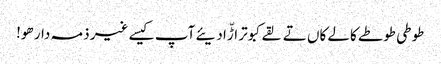
طوطی طوطے کالے کاں تے لقے کبوتر اڑّا دیئے آپ کیسے غیر ذمہ دار ھو!